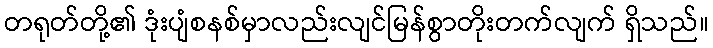
တရုတ်တို့၏ ဒုံးပျံစနစ်မှာလည်းလျင်မြန်စွာတိုးတက်လျက် ရှိသည်။